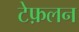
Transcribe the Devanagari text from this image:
टेफ़लन